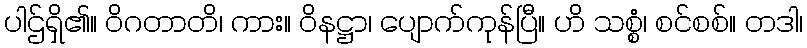
ပါဌ်ရှိ၏။ ဝိဂတာတိ၊ ကား။ ဝိနဋ္ဌာ၊ ပျောက်ကုန်ပြီ။ ဟိ သစ္စံ၊ စင်စစ်။ တဒါ၊